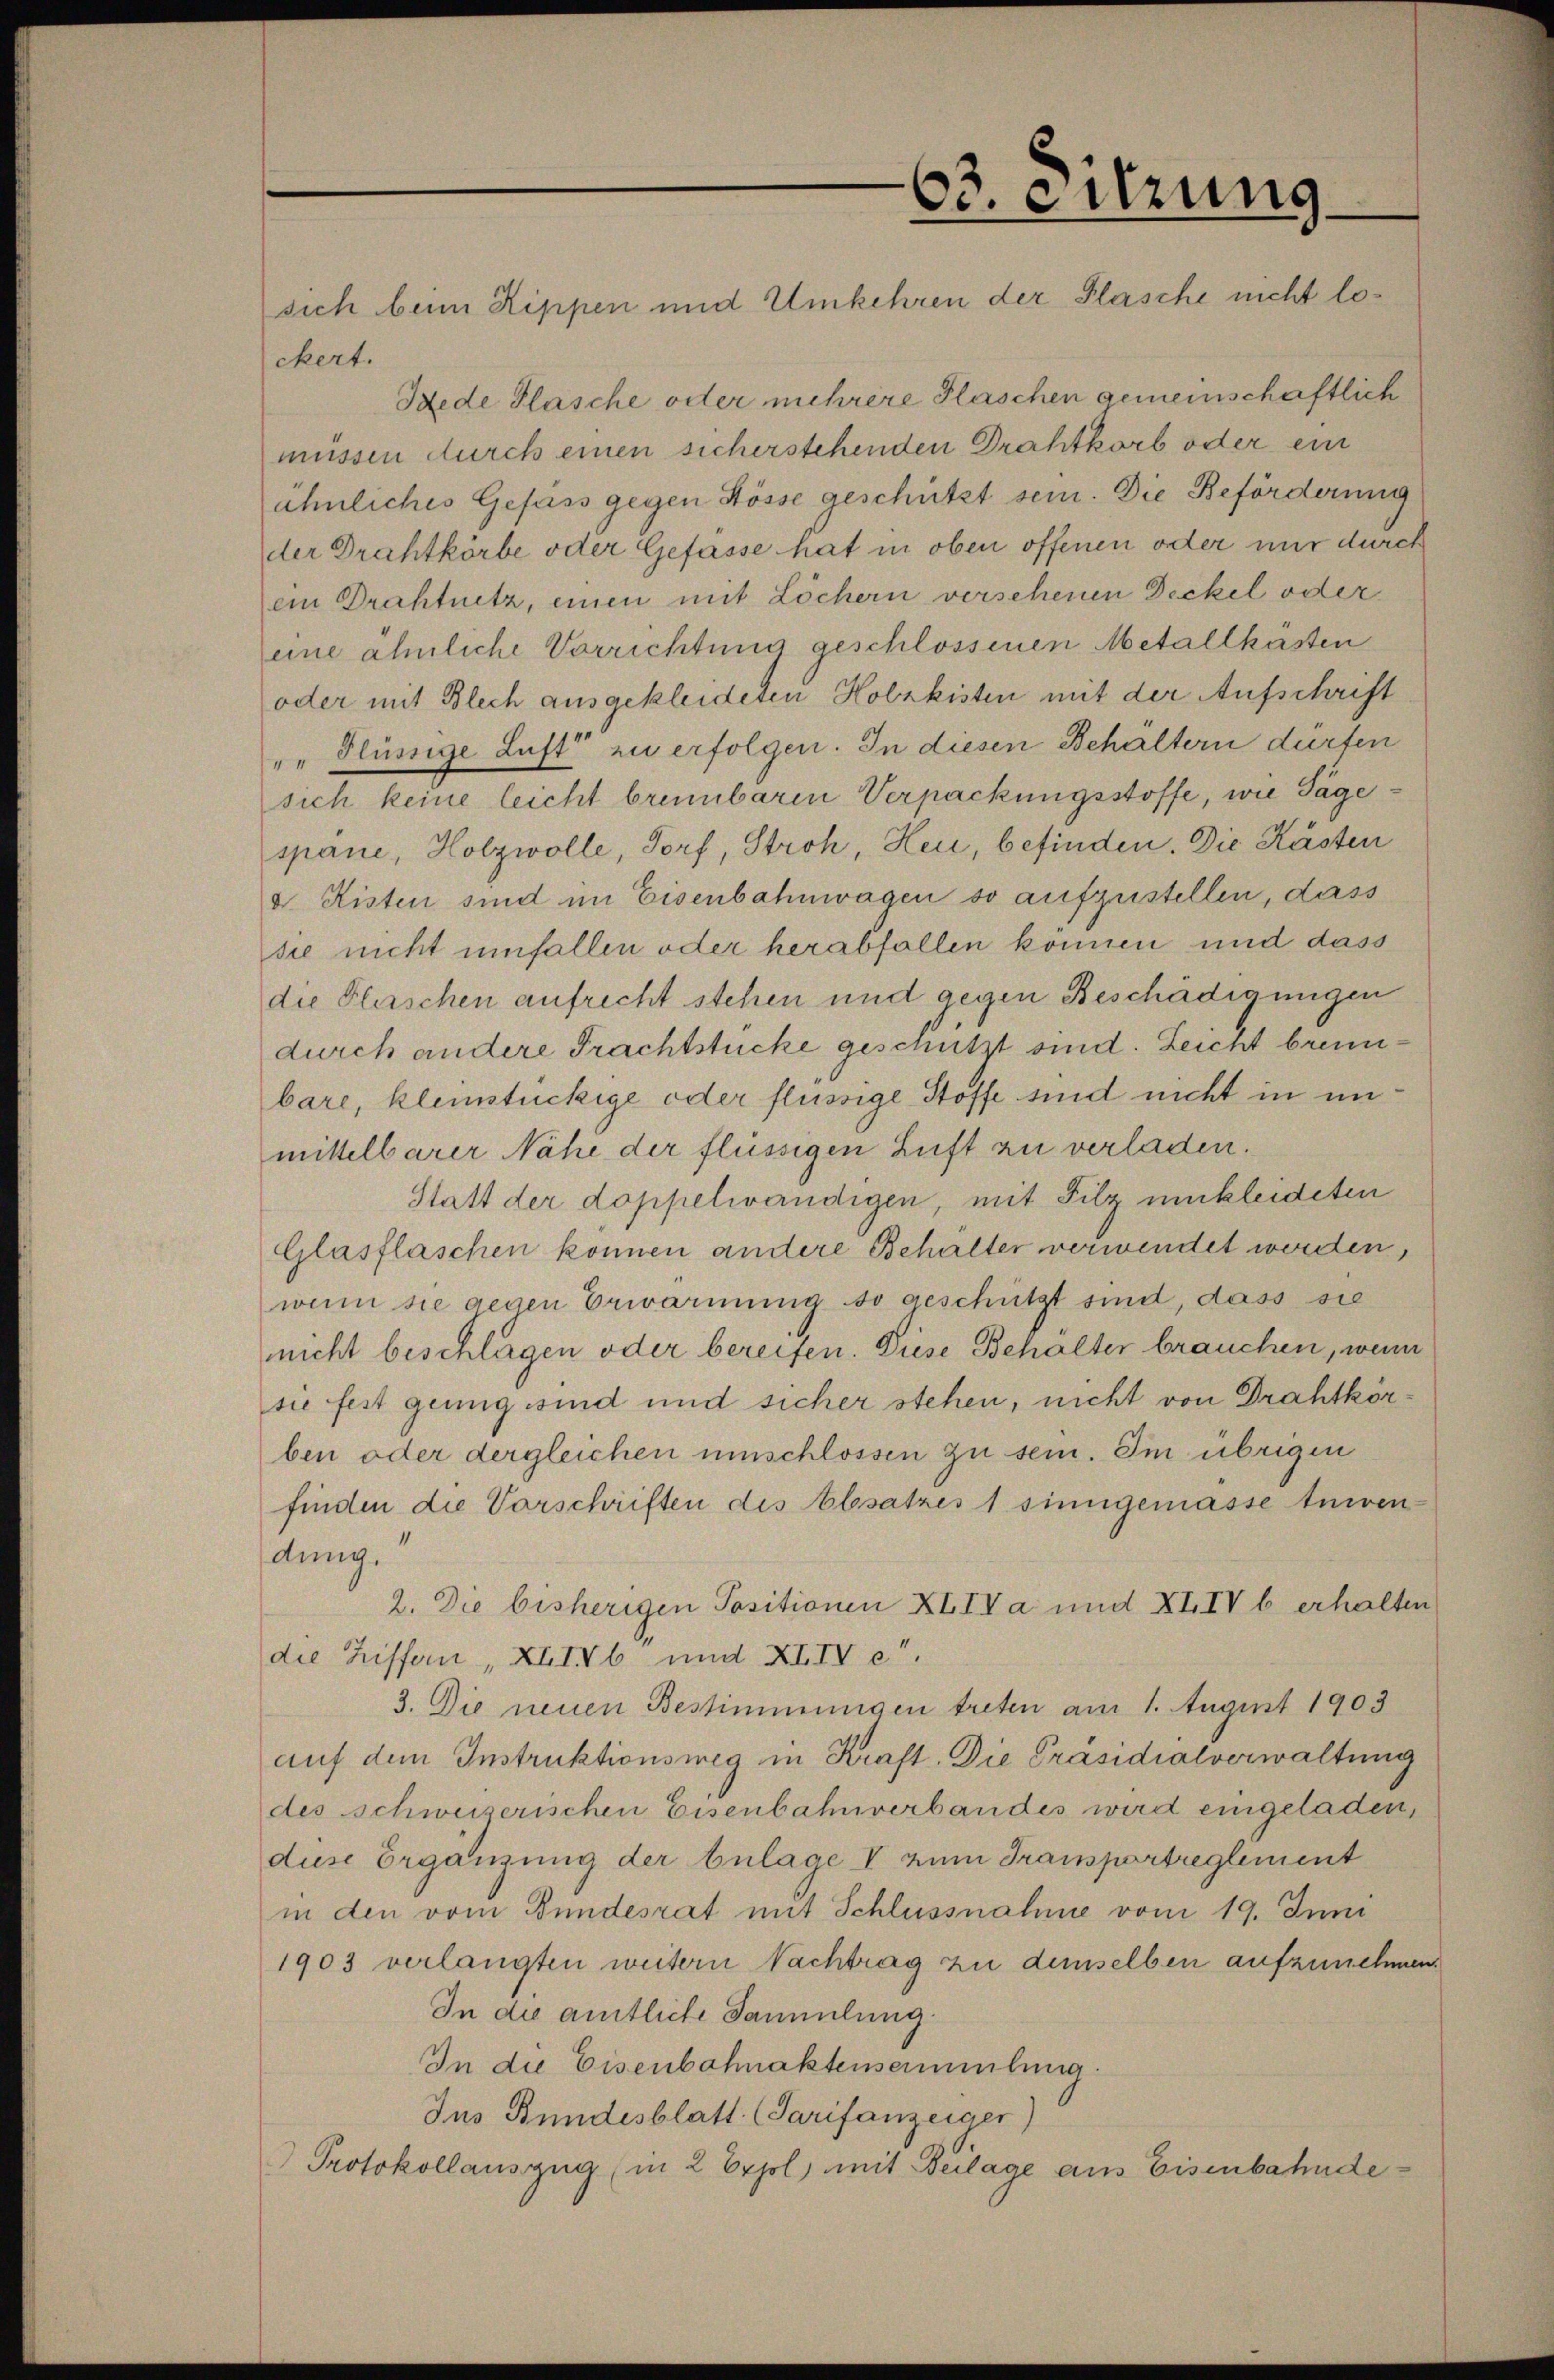
63. eitzung

sich bei Rippen und Umkehren der Flasche nicht lockert.
Jede Flasche oder mehrere Flaschen gemeinschaftlich
müssen durch einen sicherstehenden Drahtkorb oder ein
ähnliches Gefäss gegen Stösse geschützt sein. Die Beförderung
der Drahtkörbe oder Gefasse hat in oben offenen oder mir durch
ein Drahtnetz, einen mit Löchern versehenen Deckel oder
eine ähnliche Vorrichtung geschlossenen Metallkästen
oder mit Blech ausgekleideten Holzkisten mit der Aufschrift
". Flüssige Luft zu erfolgen. In diesen Behältern dürfen
sich keine leicht brunbaren Verpackungsstoffe, wie Sägespane, Holzwolle, Dorf, Stroh, Heu, befinden. Die Kasten
a. Kisten sind im Eisenbahnwagen so aufzustellen, dass
sie nicht umfallen oder herabfallen können und dass
die Flaschen aufrecht stehen und gegen Beschädigungen
durch andere Frachtstücke geschützt sind. Leicht brennbare, kleinstückige oder flüssige Stoffe sind nicht in im
mittelbarer Nähe der flüssigen Luft zu verladen.
Statt der doppelwändigen, mit Filz umkleideten
Glasflaschen können andere Behälter verwendet werden,
wenn sie gegen Erwärmung so geschützt sind, dass sie
nicht beschlagen oder bereifen. Diese Behalter brauchen, wenn
sie fest genug sind und sicher stehen, nicht von Drahtkörben oder dergleichen umschlossen zu sein. Im übrigen
finden die Vorschriften des Absatzes 1 sinngemasse tuiren
dung.
2. Die bisherigen Positionen XIIV a und XIIV b erhalten
die Ziffern „XIIVb und XIIV c.
3. Die neuen Bestimmungen treten am 1. August 1903
auf dem Instruktionsweg in Kraft. Die Präsidialverwaltung
des schweizerischen Eisenbahnverbandes wird eingeladen,
duse Ergänzung der belage V zum Transportreglement
in den vom Bundesrat mit Schlussnahme vom 19. Juni
1903 verlangten weitern Nachtrag zu demselben aufzunehmen.
In die amtliche Sammlung.
In die Eisenbahnaktensammlung.
Ins Bundesblatt (Sarifanzeiger)
Protokollauszug (in 2 Erjol, mit Beilage aus Eisenbahnde¬